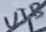
Text: U1B